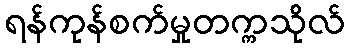
ရန်ကုန်စက်မှုတက္ကသိုလ်